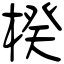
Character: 楑